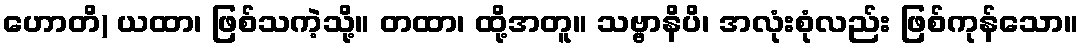
ဟောတိ) ယထာ၊ ဖြစ်သကဲ့သို့။ တထာ၊ ထို့အတူ။ သဗ္ဗာနိပိ၊ အလုံးစုံလည်း ဖြစ်ကုန်သော။